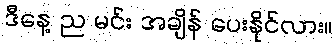
ဒီနေ့ ည မင်း အချိန် ပေးနိုင်လား။